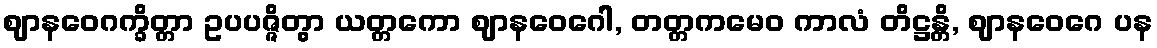
ဈာနဝေဂက္ခိတ္တာ ဥပပဇ္ဇိတွာ ယတ္တကော ဈာနဝေဂေါ, တတ္တကမေဝ ကာလံ တိဋ္ဌန္တိ, ဈာနဝေဂေ ပန